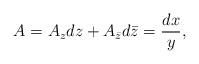
LaTeX: \begin{align*}A=A_zdz+A_{\bar z}d\bar z={dx\over y},\end{align*}